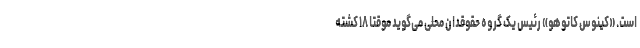
است. «کینوس کاتوهو» رئیس یک گروه حقوقدان محلی می‌گوید موقتا ۱۸ کشته